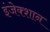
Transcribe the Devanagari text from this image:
इंजेक्शान